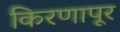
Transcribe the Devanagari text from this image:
किरणापूर